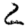
Digit: 2